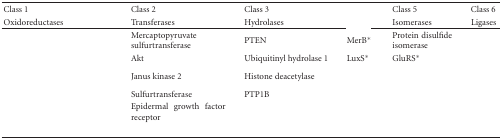
<table><thead><tr><td><b>Class 1</b></td><td><b>Class 2</b></td><td><b>Class 3</b></td><td>[EMPTY_CELL]</td><td><b>Class 5</b></td><td><b>Class 6</b></td></tr><tr><td><b>Oxidoreductases</b></td><td><b>Transferases</b></td><td><b>Hydrolases</b></td><td>[EMPTY_CELL]</td><td><b>Isomerases</b></td><td><b>Ligases</b></td></tr></thead><tbody><tr><td>[EMPTY_CELL]</td><td>Mercaptopyruvate sulfurtransferase</td><td>PTEN</td><td>MerB<sup>∗</sup></td><td>Protein disulfide isomerase</td><td>[EMPTY_CELL]</td></tr><tr><td>[EMPTY_CELL]</td><td>Akt</td><td>Ubiquitinyl hydrolase 1</td><td>LuxS<sup>∗</sup></td><td>GluRS<sup>∗</sup></td><td>[EMPTY_CELL]</td></tr><tr><td>[EMPTY_CELL]</td><td>Janus kinase 2</td><td>Histone deacetylase</td><td>[EMPTY_CELL]</td><td>[EMPTY_CELL]</td><td>[EMPTY_CELL]</td></tr><tr><td>[EMPTY_CELL]</td><td>Sulfurtransferase</td><td>PTP1B</td><td>[EMPTY_CELL]</td><td>[EMPTY_CELL]</td><td>[EMPTY_CELL]</td></tr><tr><td>[EMPTY_CELL]</td><td>Epidermal growth factor receptor</td><td>[EMPTY_CELL]</td><td>[EMPTY_CELL]</td><td>[EMPTY_CELL]</td><td>[EMPTY_CELL]</td></tr><tr><td>[EMPTY_CELL]</td><td>[EMPTY_CELL]</td><td>[EMPTY_CELL]</td><td>[EMPTY_CELL]</td><td>[EMPTY_CELL]</td><td>[EMPTY_CELL]</td></tr></tbody></table>